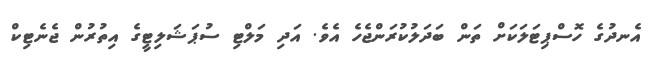
އެނދުގެ ހޮސްޕިޓަލަކަށް ތަން ބަދަލުކުރަންޖެހެ އެވެ. އަދި މަލްޓި ސުޕަޝަލިޓީގެ އިތުރުން ޖެނެޓިކް